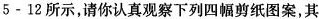
5-12所示，请你认真观察下列四幅剪纸图案，其